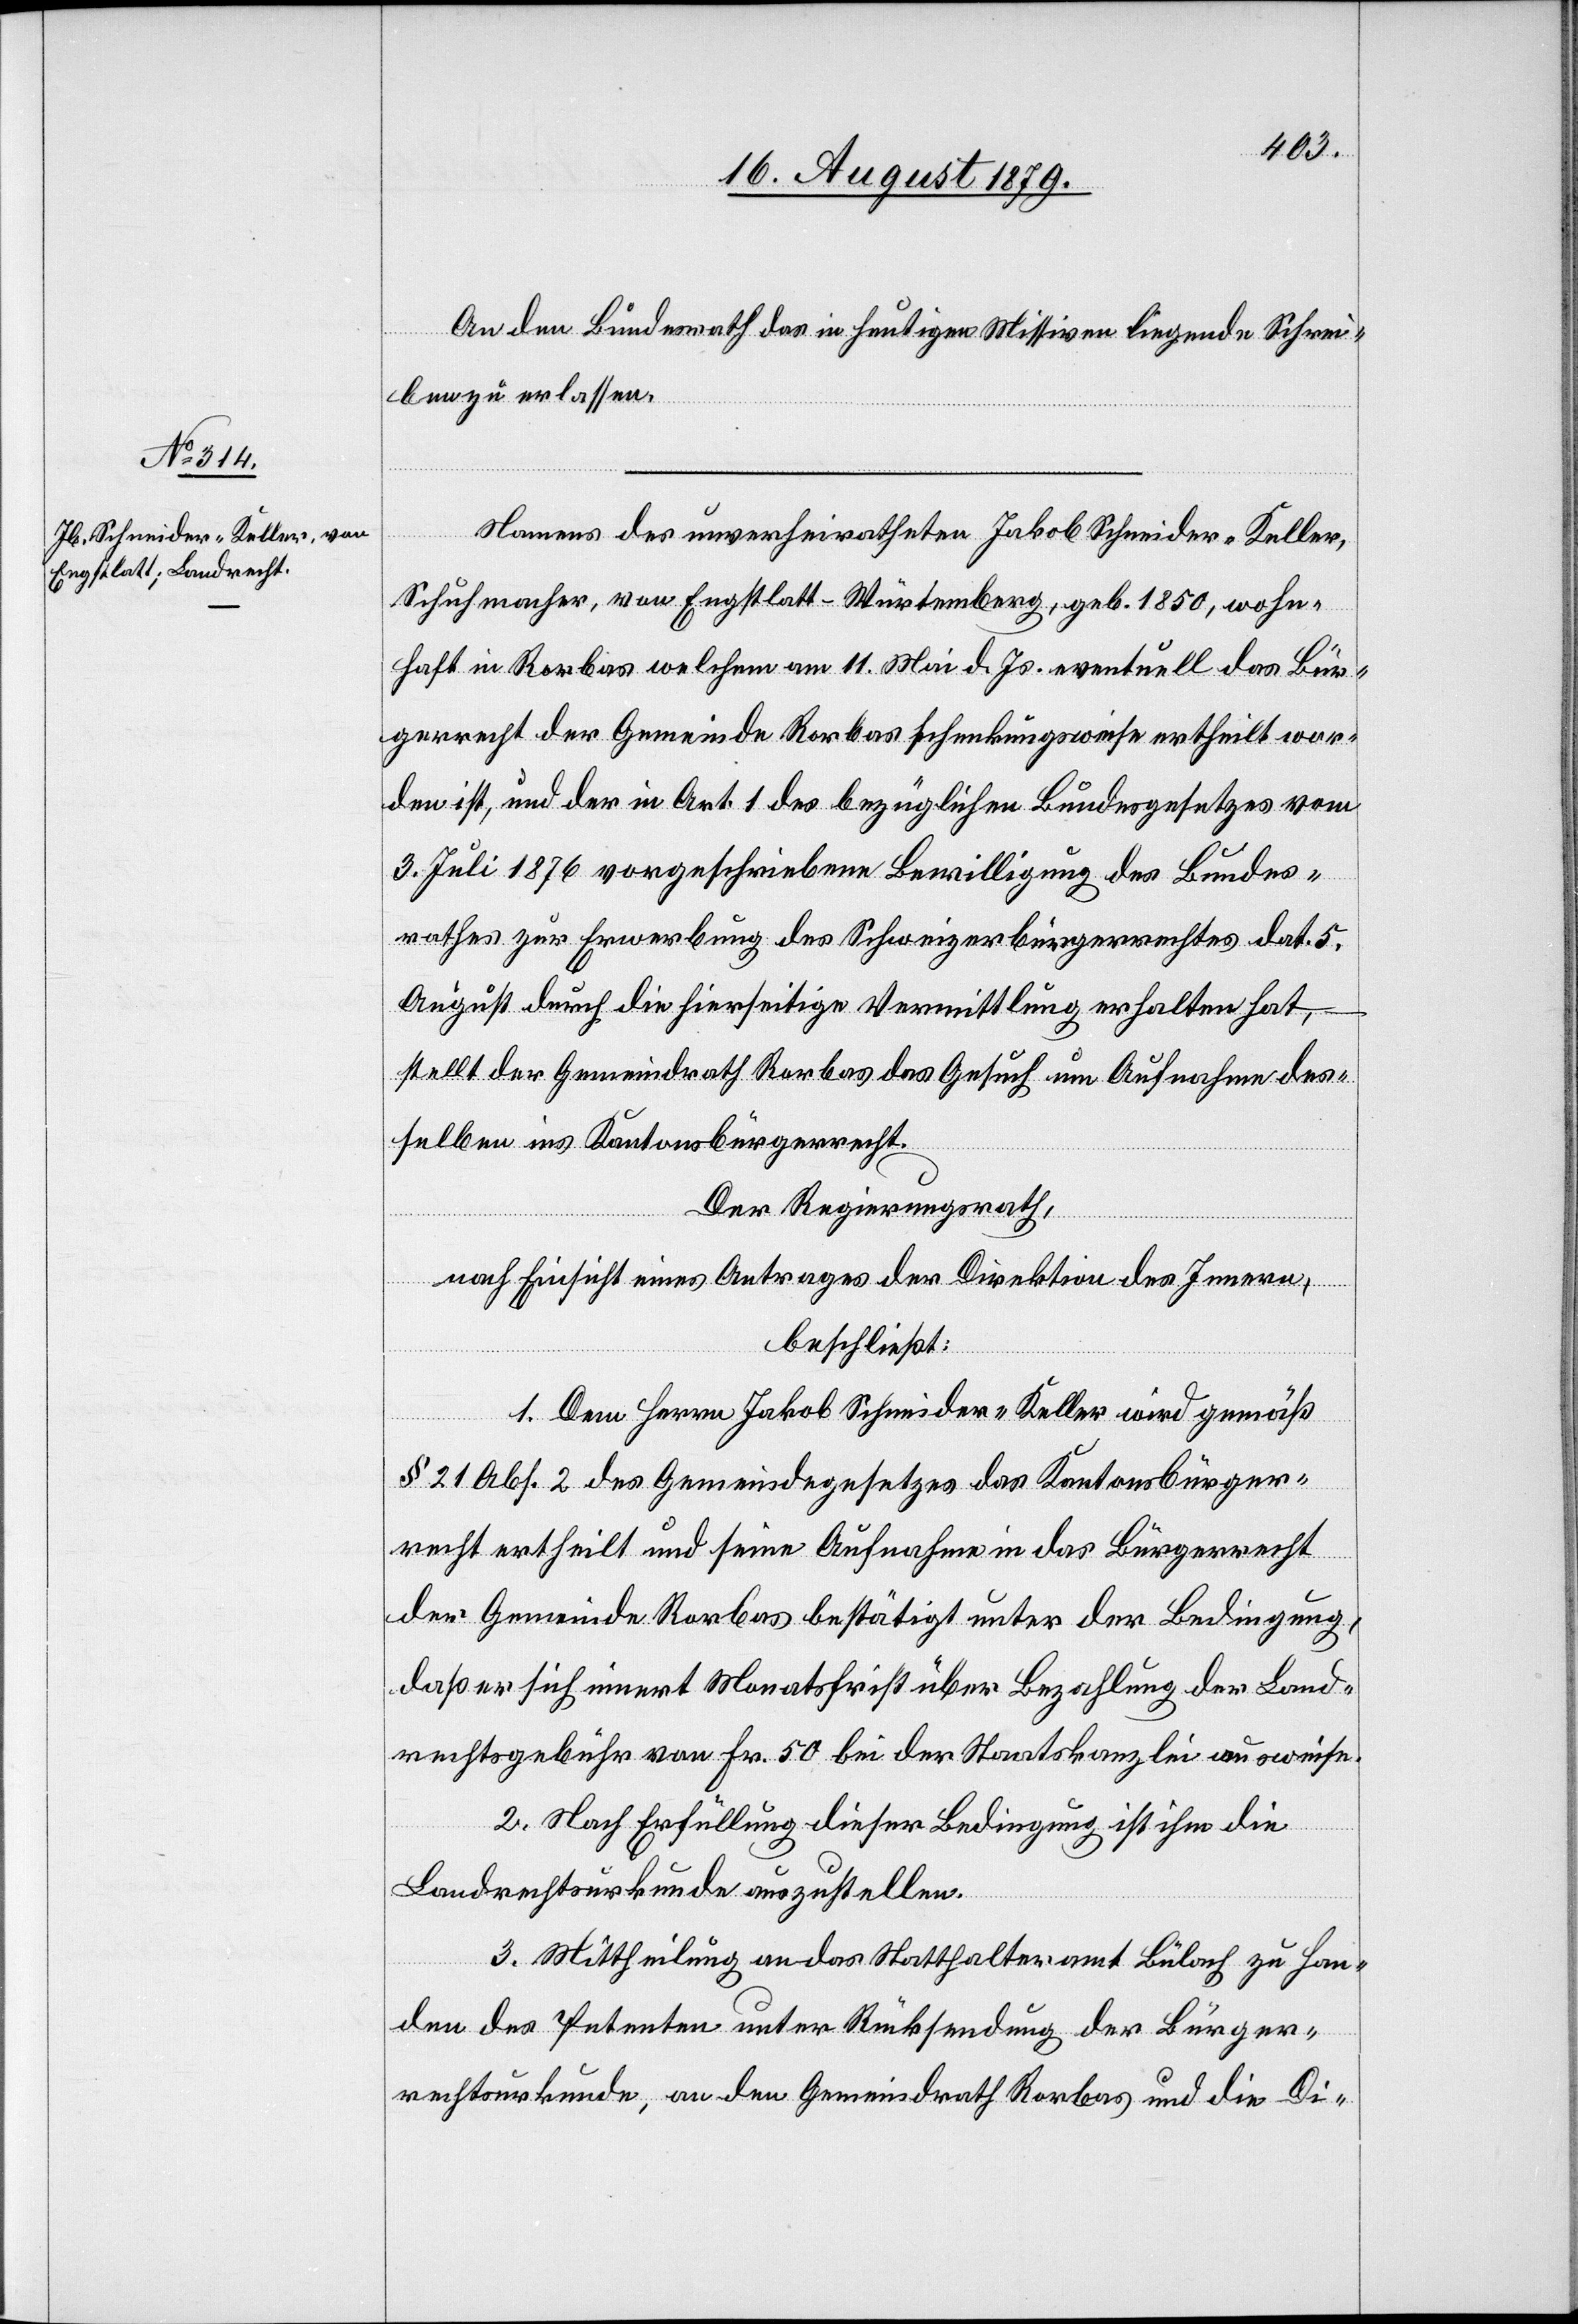
An den Bundesrath das in heutigen Missiven liegende Schrei¬
ben zu erlassen.
Namens des unverheiratheten Jakob Schneider-Keller,
Schuhmacher, von Engstlatt - Würtemberg, geb. 1850, wohn¬
haft in Rorbas welchem am 11. Mai d. Js. eventuell das Bür¬
gerrecht der Gemeinde Rorbas schenkungsweise ertheilt wor¬
den ist, und der in Art. 1 des bezüglichen Bundesgesetzes vom
3. Juli 1876 vorgeschriebene Bewilligung des Bundes¬
rathes zur Erwerbung des Schweizerbürgerrechtes dat. 5.
August durch die hierseitige Vermittlung erhalten hat,
–
stellt der Gemeindrath Rorbas das Gesuch um Aufnahme des¬
selben ins Kantonsbürgerrecht.
Der Regierungsrath,
nach Einsicht eines Antrages der Direktion des Innern,
beschließt:
1. Dem Herren Jakob Schneider-Keller wird gemäß
§ 21 Abs. 2 des Gemeindegesetzes das Kantonsbürger¬
recht ertheilt und seine Aufnahme in das Bürgerrecht
der Gemeinde Rorbas bestätigt unter der Bedingung,
daß er sich innert Monatsfrist über Bezahlung der Land¬
rechtsgebühr von Fr. 50 bei der Staatskanzlei ausweise.
2. Nach Erfüllung dieser Bedingung ist ihm die
Landrechtsurkunde auszustellen.
3. Mittheilung an das Statthalteramt Bülach zu Han¬
den des Petenten unter Rücksendung der Bürger¬
rechtsurkunde, an den Gemeindrath Rorbas und die Di-